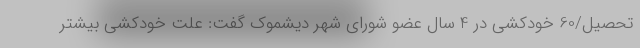
تحصیل/60 خودکشی در 4 سال عضو شورای شهر دیشموک گفت: علت خودکشی بیشتر